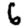
Digit: 6